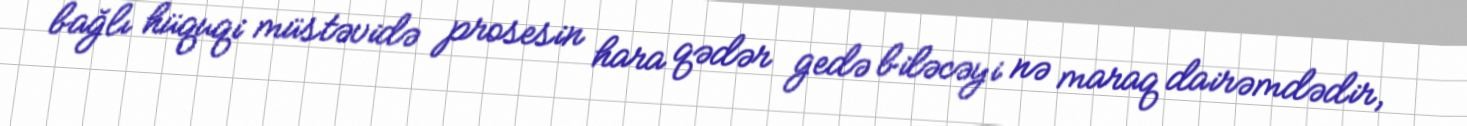
bağlı hüquqi müstəvidə prosesin hara qədər gedə biləcəyi nə maraq dairəmdədir,